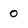
Character: 0